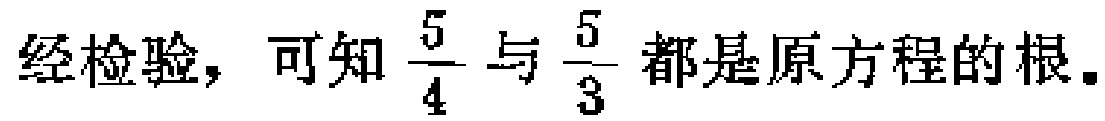
经检验，可知$\frac{5}{4}$与$\frac{5}{3}$都是原方程的根。